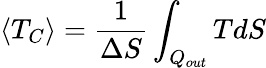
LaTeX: \langle T_{C}\rangle={\frac{1}{\Delta S}}\int_{Q_{out}}TdS